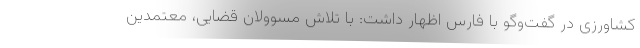
کشاورزی در گفت‌وگو با فارس اظهار داشت: با تلاش مسوولان قضایی، معتمدین